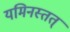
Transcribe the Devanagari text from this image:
यमिनस्तत्